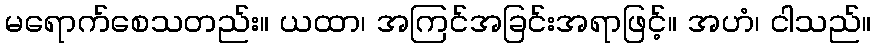
မရောက်စေသတည်း။ ယထာ၊ အကြင်အခြင်းအရာဖြင့်။ အဟံ၊ ငါသည်။